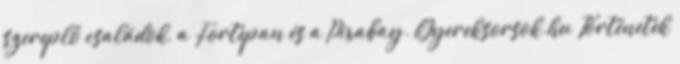
szereplő családok, a Fortepan és a Pixabay. Gyereksorsok.hu Történetek